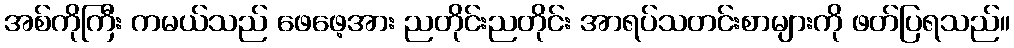
အစ်ကိုကြီး ကမယ်သည် ဖေဖေ့အား ညတိုင်းညတိုင်း အာရပ်သတင်းစာများကို ဖတ်ပြရသည်။